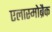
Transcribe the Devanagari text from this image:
एलास्मोब्रैक